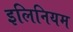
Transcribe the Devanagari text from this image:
इलिनियम